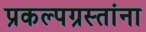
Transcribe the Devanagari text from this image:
प्रकल्पग्रस्तांना